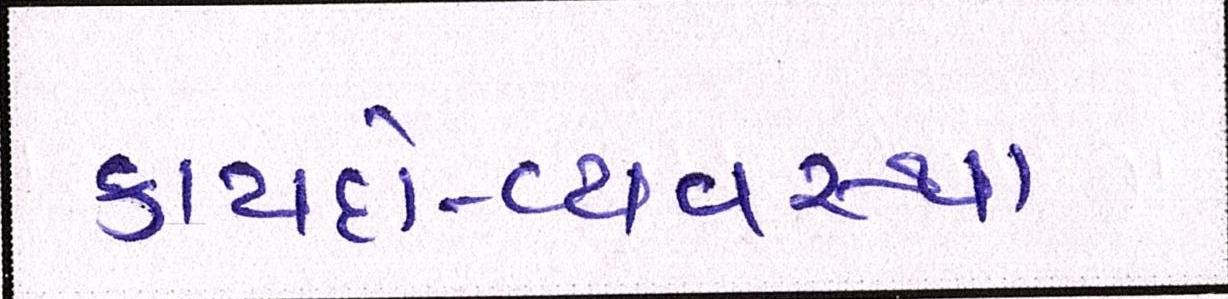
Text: કાયદો-વ્યવસ્થા